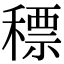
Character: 䅺